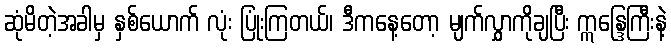
ဆုံမိတဲ့အခါမှ နှစ်ယောက် လုံး ပြုံးကြတယ်၊ ဒီကနေ့တော့ မျက်လွှာကိုချပြီး ဣန္ဒြေကြီးနဲ့